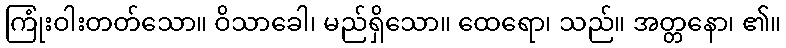
ကြုံးဝါးတတ်သော။ ဝိသာခေါ၊ မည်ရှိသော။ ထေရော၊ သည်။ အတ္တနော၊ ၏။